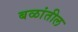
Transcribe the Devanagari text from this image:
बळांतील